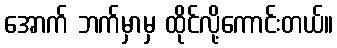
အောက် ဘက်မှာမှ ထိုင်လို့ကောင်းတယ်။